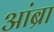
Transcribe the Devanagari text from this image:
आंब्रा